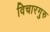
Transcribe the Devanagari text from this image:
विचारगुरु